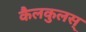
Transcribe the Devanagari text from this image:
कैलकुलस्‌